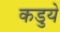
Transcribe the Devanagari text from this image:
कडुये